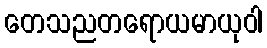
တေသညတရောယမာယုဝါ